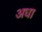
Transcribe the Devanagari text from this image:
अधा